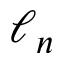
\ell _ { n }